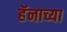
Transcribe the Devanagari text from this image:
हॅनाच्या